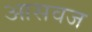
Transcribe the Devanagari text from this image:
आसवज